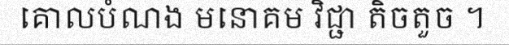
គោលបំណង មនោគម វិជ្ជា តិចតួច ។